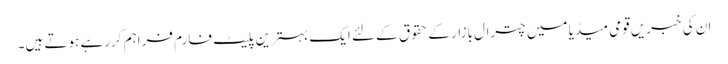
ان کی خبریں قومی میڈیا میں چترال بازار کے حقوق کے لئے ایک بہترین پلیٹ فارم فراہم کررہے ہوتے ہیں۔